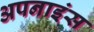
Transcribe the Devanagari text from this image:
अपनाइंस